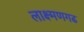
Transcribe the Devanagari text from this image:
लाक्ष्मणगढ